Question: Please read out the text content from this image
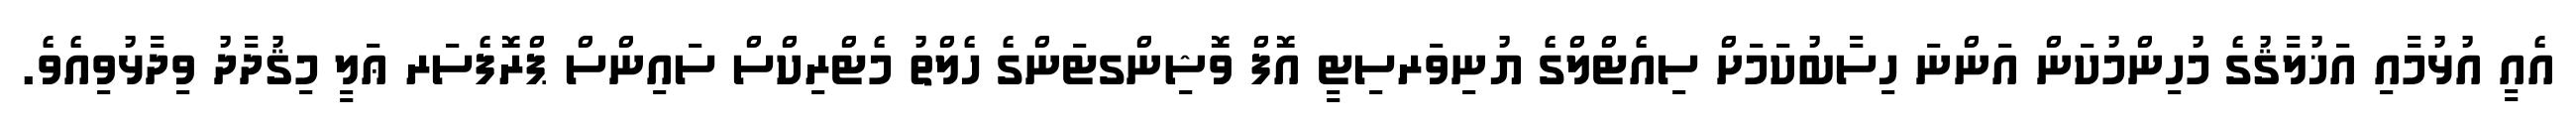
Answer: އެއީ އުޅުމާއި އަޚުލާޤުގެ މުހިންމުކަން އަންނަ ހިސާބުކަމަށް ސިއެޓްލްގެ ޔުނިވަރސިޓީ އޮފް ވޮޝިންގޓަންގެ ހެލްތު މެޓްރިކްސް ސައިންސް ޕްރޮފެސަރ ޢަލީ މިޤުދާދު ވިދާޅުވިއެވެ.